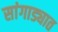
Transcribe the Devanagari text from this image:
सांगाड्यात